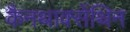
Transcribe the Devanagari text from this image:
कैनथाक्सेंथिन